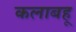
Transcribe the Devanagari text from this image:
कलाबहू